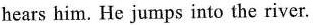
hears him. He jumps into the river.